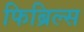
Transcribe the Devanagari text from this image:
फिब्रिल्स